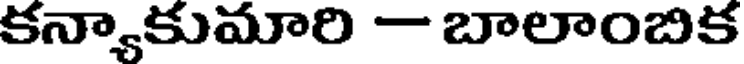
కన్యాకుమారి - బాలాంబిక